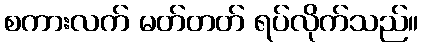
စကားလက် မတ်တတ် ရပ်လိုက်သည်။